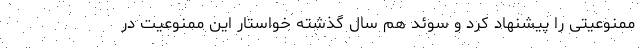
ممنوعیتی را پیشنهاد کرد و سوئد هم سال گذشته خواستار این ممنوعیت در